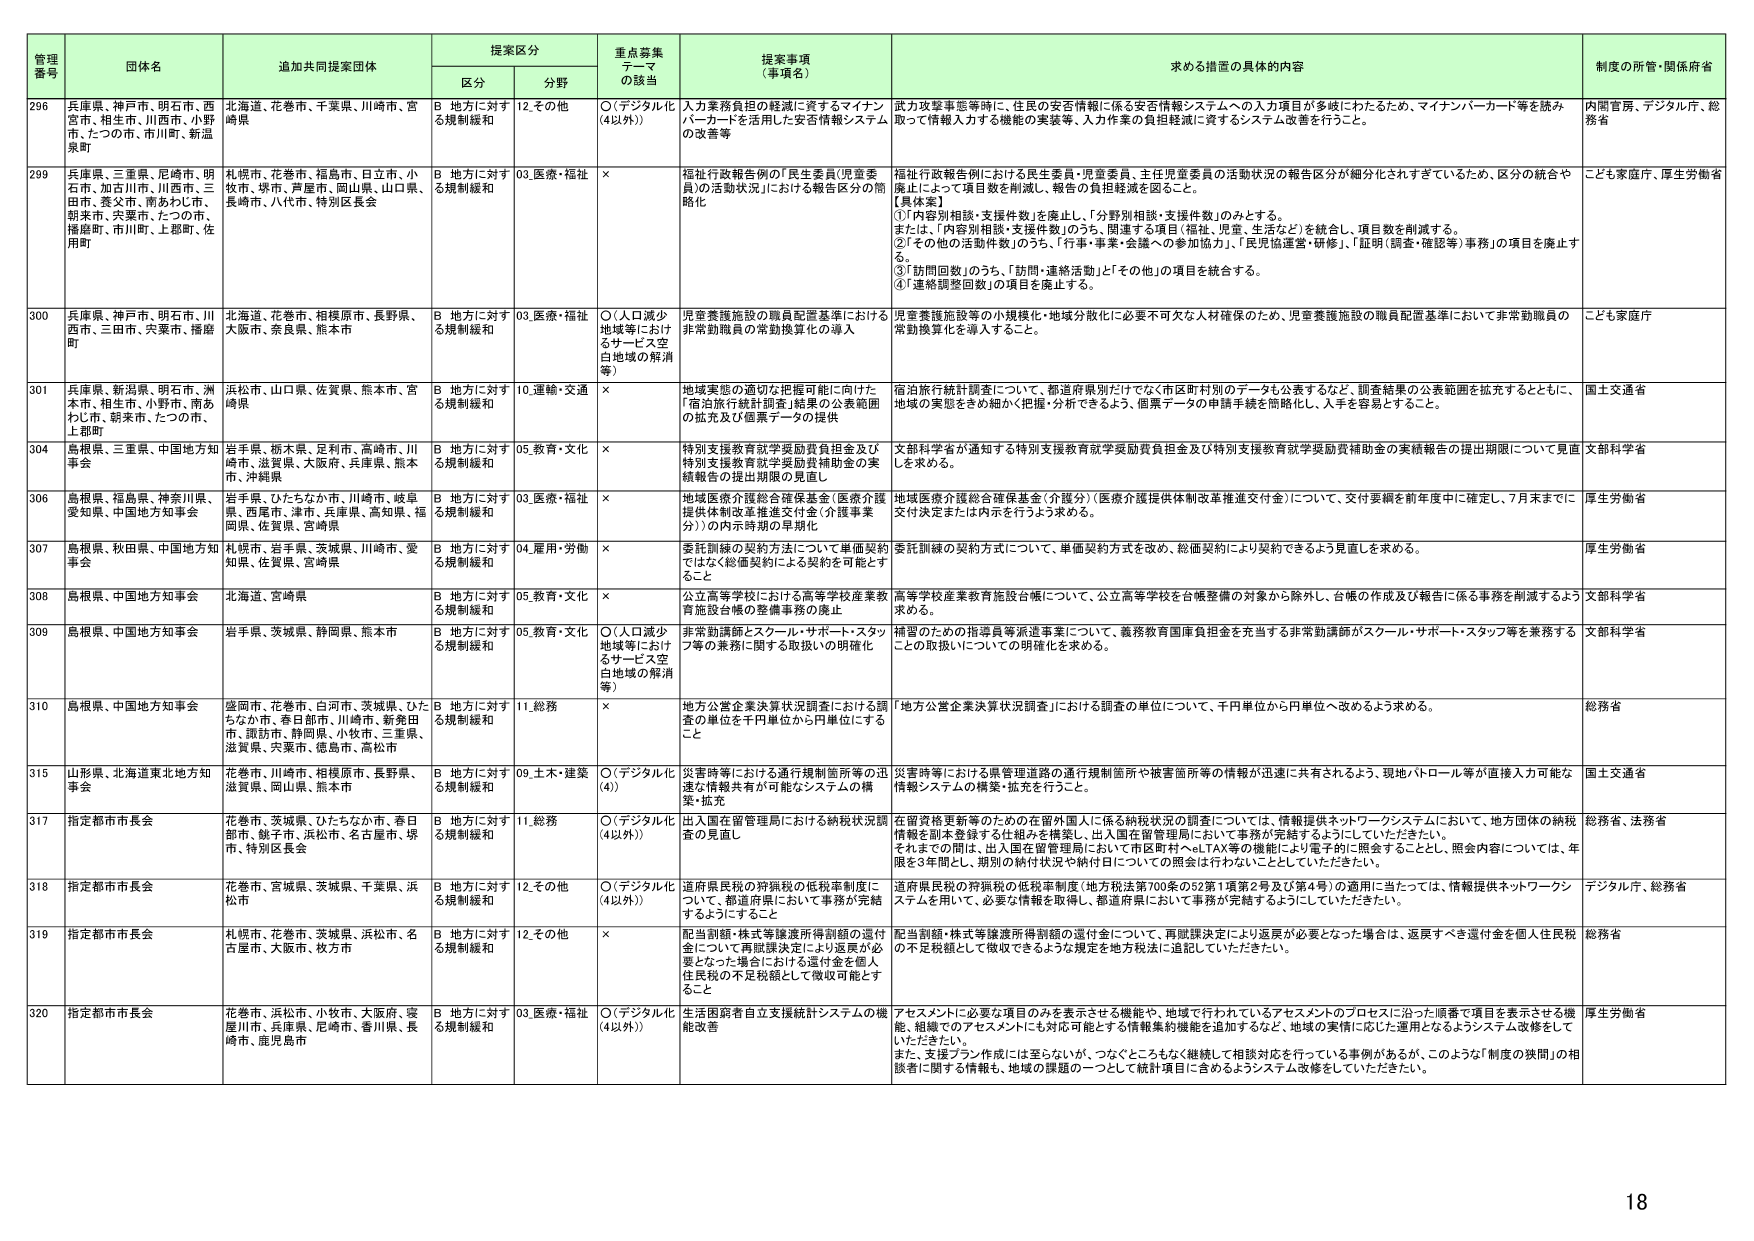
管理番号 団体名 追加共同提案団体 提案区分 重点募集テーマの該当 提案事項（事項名） 求める措置の具体的内容 制度の所管・関係府省
区分 分野
296 兵庫県、神戸市、明石市、西宮市、相生市、川西市、小野市、たつの市、市川町、新温泉町 北海道、花巻市、千葉県、川崎市、宮崎県 B 地方に対する規制緩和 12.その他 ○（デジタル化（4以外）） 人力量務負担の軽減に資するマイナンバーカードを活用した安否情報システムの改善等 武力攻撃事態等時に、住民の安否情報に係る安否情報システムへの入力項目が多岐にわたるため、マイナンバーカード等を読み取って情報入力する機能の実装等、入力作業の負担軽減に資するシステム改善を行うこと。 内閣官房、デジタル庁、総務省
299 兵庫県、三重県、尼崎市、明石市、加古川市、川西市、三田市、養父市、南あわじ市、朝来市、宍粟市、たつの市、播磨町、市川町、上郡町、佐用町 札幌市、花巻市、福島市、日立市、小牧市、堺市、芦屋市、岡山県、山口県、長崎市、八代市、特別区長会 B 地方に対する規制緩和 03.医療・福祉 × 福祉行政報告例の「民生委員（児童委員）の活動状況」における報告区分の簡略化 福祉行政報告例における民生委員・児童委員、主任児童委員の活動状況の報告区分が細分化されすぎているため、区分の統合や廃止によって項目数を削減し、報告の負担軽減を図ること。
〔具体策〕
①「内容別相談・支援件数」を廃止し、「分野別相談・支援件数」のみとする。
または、「内容別相談・支援件数」のうち、関連する項目（福祉、児童、生活など）を統合し、項目数を削減する。
②「その他の活動件数」のうち、「行事・事業・会議への参加協力」、「民児協運営・研修」、「証明（調査・確認等）事務」の項目を廃止する。
③「訪問回数」のうち、「訪問・連絡活動」と「その他」の項目を統合する。
④「連絡調整回数」の項目を廃止する。 こども家庭庁、厚生労働省
300 兵庫県、神戸市、明石市、川西市、三田市、宍粟市、播磨町 北海道、花巻市、相模原市、長野県、大阪市、奈良県、熊本市 B 地方に対する規制緩和 03.医療・福祉 ○（人口減少地域等におけるサービス空白地域の解消等） 児童養護施設の職員配置基準における非常勤職員の常勤換算化の導入 児童養護施設等の小規模化・地域分散化に必要不可欠な人材確保のため、児童養護施設の職員配置基準において非常勤職員の常勤換算化を導入すること。 こども家庭庁
301 兵庫県、新潟県、明石市、洲本市、相生市、小野市、南あわじ市、朝来市、たつの市、上郡町 岩松市、山口県、佐賀県、熊本市、宮崎県 B 地方に対する規制緩和 10.運輸・交通 × 地域実態の適切な把握可能に向けた「宿泊旅行統計調査」結果の公表範囲の拡充及び個票データの提供 宿泊旅行統計調査について、都道府県別だけでなく市区町村別のデータも公表するなど、調査結果の公表範囲を拡充するとともに、地域の実態をきめ細かく把握・分析できるよう、個票データの申請手続きを簡略化し、入手を容易とすること。 国土交通省
304 島根県、三重県、中国地方知事会 岩手県、栃木県、足利市、高崎市、川崎市、滋賀県、大阪府、兵庫県、熊本市、沖縄県 B 地方に対する規制緩和 05.教育・文化 × 特別支援教育学級助教負担金及び特別支援教育就学奨励費補助金の実績報告の提出期限の見直し 文部科学省が通知する特別支援教育就学奨励費負担金及び特別支援教育就学奨励費補助金の実績報告の提出期限について見直しを求める。 文部科学省
306 島根県、福島県、神奈川県、愛知県、中国地方知事会 岩手県、ひたちなか市、川崎市、岐阜県、西尾市、津市、兵庫県、高知県、福岡県、佐賀県、宮崎県 B 地方に対する規制緩和 03.医療・福祉 × 地域医療介護総合確保基金（医療介護提供体制改革推進交付金）（介護事業分）の内示時期の早期化 地域医療介護総合確保基金（介護分）（医療介護提供体制改革推進交付金）について、交付要綱を前年度中に確定し、7月末までに交付決定または内示を行うよう求める。 厚生労働省
307 島根県、秋田県、中国地方知事会 札幌市、岩手県、茨城県、川崎市、愛知県、佐賀県、宮崎県 B 地方に対する規制緩和 04.雇用・労働 × 委託訓練の契約方法について単価契約ではなく総価契約による契約を可能とすること 委託訓練の契約方式について、単価契約方式を改め、総価契約により契約できるよう見直しを求める。 厚生労働省
308 島根県、中国地方知事会 北海道、宮崎県 B 地方に対する規制緩和 05.教育・文化 × 公立高等学校における高等学校産業教育施設台帳の整備事務の廃止 高等学校産業教育施設台帳について、公立高等学校を台帳整備の対象から除外し、台帳の作成及び報告に係る事務を削減するよう求める。 文部科学省
309 島根県、中国地方知事会 岩手県、茨城県、静岡県、熊本市 B 地方に対する規制緩和 05.教育・文化 ○（人口減少地域等におけるサービス空白地域の解消等） 非常勤講師とスクール・サポート・スタッフ等の業務に関する取扱いの明確化 補習のための指導員等派遣事業について、義務教育国庫負担金を充当する非常勤講師がスクール・サポート・スタッフ等を兼務することの取扱いについての明確化を求める。 文部科学省
310 島根県、中国地方知事会 盛岡市、花巻市、白河市、茨城県、ひたちなか市、春日部市、川崎市、新発田市、諏訪市、静岡県、小牧市、三重県、滋賀県、宍粟市、徳島市、高松市 B 地方に対する規制緩和 11.総務 × 地方公営企業決算状況調査における調査の単位を千円単位から円単位にすること 「地方公営企業決算状況調査」における調査の単位について、千円単位から円単位へ改めるよう求める。 総務省
315 山形県、北海道東北地方知事会 花巻市、川崎市、相模原市、長野県、滋賀県、岡山県、熊本市 B 地方に対する規制緩和 09.土木・建築 ○（デジタル化（4）） 災害時等における通行規制箇所等の迅速な情報共有が可能なシステムの構築・拡充 災害時等における県管理道路の通行規制箇所や被害箇所等の情報が迅速に共有されるよう、現地パトロール等が直接入力可能な情報システムの構築・拡充を行うこと。 国土交通省
317 指定都市市長会 花巻市、茨城県、ひたちなか市、春日部市、銚子市、浜松市、名古屋市、堺市、特別区長会 B 地方に対する規制緩和 11.総務 ○（デジタル化（4以外）） 出入国在留管理局における納税状況調査の見直し 在留資格更新等のための在留外国人に係る納税状況の調査については、情報提供ネットワークシステムにおいて、地方団体の納税情報を副本登録する仕組みを構築し、出入国在留管理局において事務が完結するようにしていただきたい。
それまでの間は、出入国在留管理局において市区町村へeLTAX等の機能により電子的に照会することとし、照会内容については、年頭を3年間とし、類別の納付状況や納付日についての照会は行わないこととしていただきたい。 総務省、法務省
318 指定都市市長会 花巻市、宮城県、茨城県、千葉県、浜松市 B 地方に対する規制緩和 12.その他 ○（デジタル化（4以外）） 道府県民税の狩猟税の低税率制度について、都道府県において事務が完結するようにすること 道府県民税の狩猟税の低税率制度（地方税法第700条の52第1項第2号及び第4号）の適用に当たっては、情報提供ネットワークシステムを用いて、必要な情報を取得し、都道府県において事務が完結するようにしていただきたい。 デジタル庁、総務省
319 指定都市市長会 札幌市、花巻市、茨城県、浜松市、名古屋市、大阪市、枚方市 B 地方に対する規制緩和 12.その他 × 配当割額・株式等譲渡所得割額の還付金について再課課決定により返戻が必要となった場合は、返戻すべき還付金を個人住民税の不足税額として徴収できるような規定を地方税法に追記していただきたい。 配当割額・株式等譲渡所得割額の還付金について、再課課決定により返戻が必要となった場合は、返戻すべき還付金を個人住民税の不足税額として徴収できるような規定を地方税法に追記していただきたい。 総務省
320 指定都市市長会 花巻市、浜松市、小牧市、大阪府、寝屋川市、兵庫県、尼崎市、香川県、長崎市、鹿児島市 B 地方に対する規制緩和 03.医療・福祉 ○（デジタル化（4以外）） 生活困窮者自立支援統計システムの機能改善等 アセスメントに必要な項目のみを表示させる機能や、地域で行われているアセスメントのプロセスに沿った順番で項目を表示させる機能、組織でのアセスメントにも対応可能とする情報集約機能を追加するなど、地域の実情に応じた運用となるようシステム改善をしていただきたい。
また、支援プラン作成には至らないが、つなぐこともなく継続して相談対応を行っている事例があるが、このような「制度の狭間」の相談者に関する情報も、地域の課題の一つとして統計項目に含めるようシステム改善をしていただきたい。 厚生労働省
18